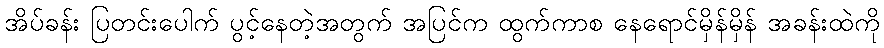
အိပ်ခန်း ပြတင်းပေါက် ပွင့်နေတဲ့အတွက် အပြင်က ထွက်ကာစ နေရောင်မှိန်မှိန် အခန်းထဲကို